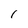
Character: 1